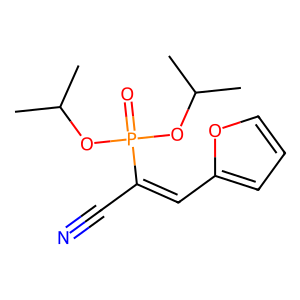
SMILES: CC(C)OP(=O)(OC(C)C)C(C#N)=Cc1ccco1
Inhibits HIV replication: No